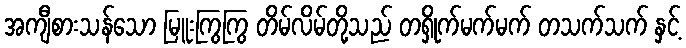
အကျီစားသန်သော မြူးကြွကြွ တိမ်လိမ်တို့သည် တရှိုက်မက်မက် တသက်သက် နှင့်